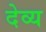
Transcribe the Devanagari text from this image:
देव्य